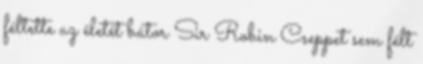
féltette az életét bátor Sir Robin Cseppet sem félt